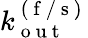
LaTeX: k_{\mathrm{~o~u~t~}}^{\mathrm{~(~f~/~s~)~}}